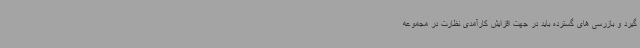
گیرد و بازرسی های گسترده باید در جهت افزایش کارآمدی نظارت در مجموعه